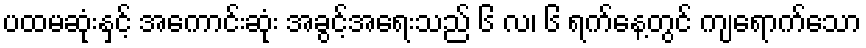
ပထမဆုံးနှင့် အကောင်းဆုံး အခွင့်အရေးသည် ၆ လ၊ ၆ ရက်နေ့တွင် ကျရောက်သော